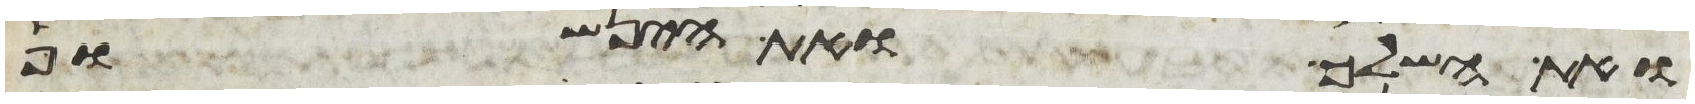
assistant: ואת השלך ואת הינשוף